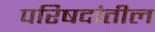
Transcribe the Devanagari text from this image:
परिषदांतील